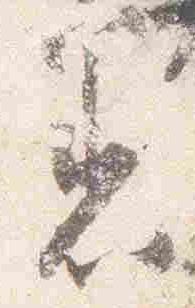
着